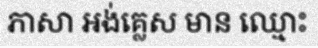
ភាសា អង់គ្លេស មាន ឈ្មោះ